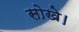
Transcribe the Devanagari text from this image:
सोखे।